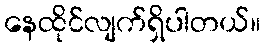
နေထိုင်လျက်ရှိပါတယ်။